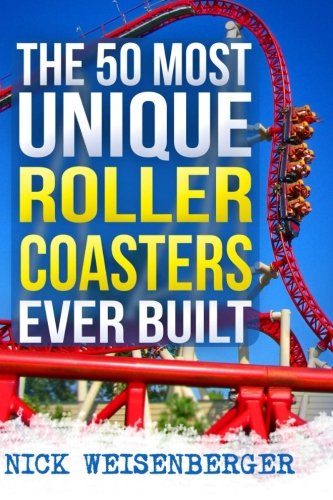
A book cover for The 50 Most Unique Roller Coasters Ever Built; Nick Weisenberger; Travel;